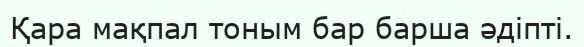
Қара мақпал тоным бар барша әдіпті.